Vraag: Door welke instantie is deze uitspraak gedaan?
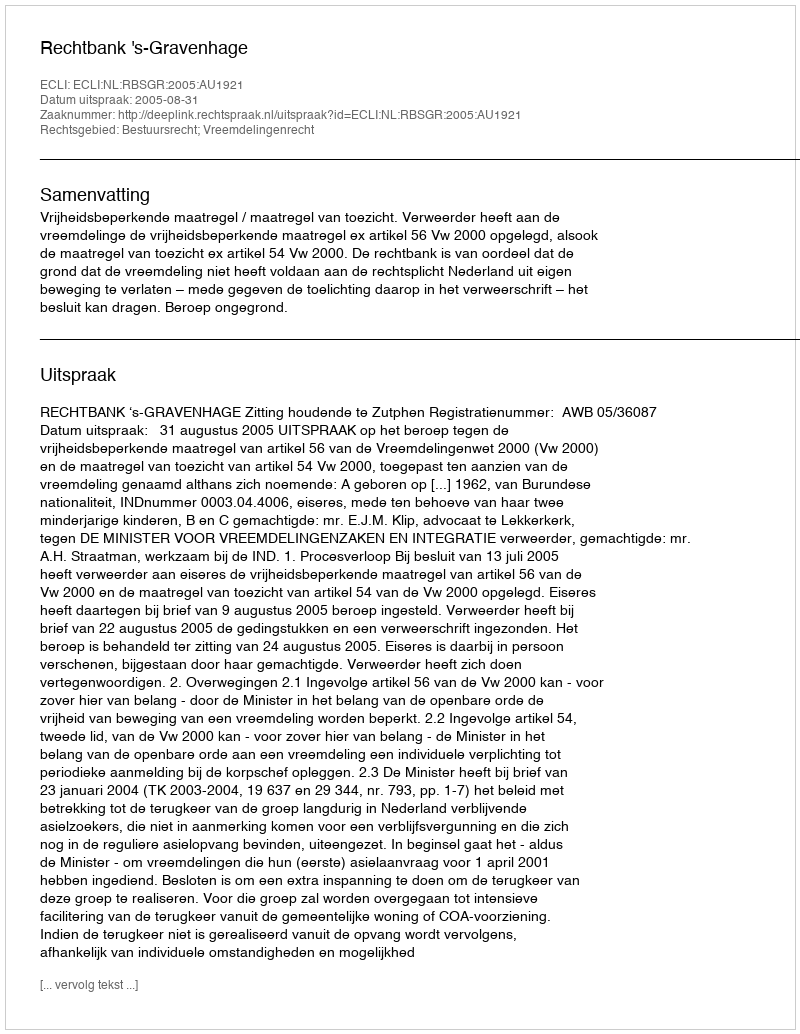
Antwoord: Rechtbank 's-Gravenhage